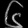
Digit: ၆